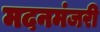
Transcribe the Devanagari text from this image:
मदनमंजरी